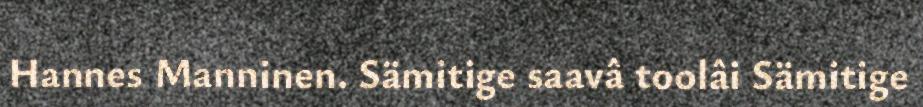
Hannes Manninen. Sämitige saavâ toolâi Sämitige